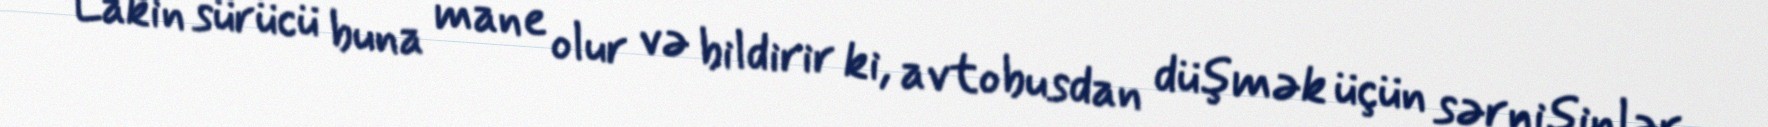
“Lakin sürücü buna mane olur və bildirir ki, avtobusdan düşmək üçün sərnişinlər